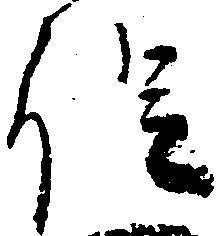
促